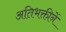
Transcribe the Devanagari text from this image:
अतिभक्तीनें